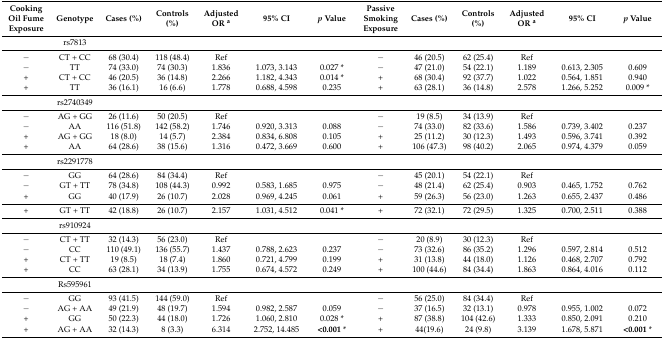
<table><thead><tr><td><b>Cooking Oil Fume Exposure</b></td><td><b>Genotype</b></td><td><b>Cases (%)</b></td><td><b>Controls (%)</b></td><td><b>Adjusted OR <sup>a</sup></b></td><td><b>95% CI</b></td><td><b><i>p</i> Value</b></td><td><b>Passive Smoking Exposure</b></td><td><b>Cases (%)</b></td><td><b>Controls (%)</b></td><td><b>Adjusted OR <sup>a</sup></b></td><td><b>95% CI</b></td><td><b><i>p</i> Value</b></td></tr></thead><tbody><tr><td></td><td>rs7813</td><td></td><td></td><td></td><td></td><td></td><td></td><td></td><td></td><td></td><td></td><td></td></tr><tr><td>−</td><td>CT + CC</td><td>68 (30.4)</td><td>118 (48.4)</td><td>Ref</td><td></td><td></td><td>−</td><td>46 (20.5)</td><td>62 (25.4)</td><td>Ref</td><td></td><td></td></tr><tr><td>−</td><td>TT</td><td>74 (33.0)</td><td>74 (30.3)</td><td>1.836</td><td>1.073, 3.143</td><td>0.027 *</td><td>−</td><td>47 (21.0)</td><td>54 (22.1)</td><td>1.189</td><td>0.613, 2.305</td><td>0.609</td></tr><tr><td>+</td><td>CT + CC</td><td>46 (20.5)</td><td>36 (14.8)</td><td>2.266</td><td>1.182, 4.343</td><td>0.014 *</td><td>+</td><td>68 (30.4)</td><td>92 (37.7)</td><td>1.022</td><td>0.564, 1.851</td><td>0.940</td></tr><tr><td>+</td><td>TT</td><td>36 (16.1)</td><td>16 (6.6)</td><td>1.778</td><td>0.688, 4.598</td><td>0.235</td><td>+</td><td>63 (28.1)</td><td>36 (14.8)</td><td>2.578</td><td>1.266, 5.252</td><td>0.009 *</td></tr><tr><td></td><td>rs2740349</td><td></td><td></td><td></td><td></td><td></td><td></td><td></td><td></td><td></td><td></td><td></td></tr><tr><td>−</td><td>AG + GG</td><td>26 (11.6)</td><td>50 (20.5)</td><td>Ref</td><td></td><td></td><td>−</td><td>19 (8.5)</td><td>34 (13.9)</td><td>Ref</td><td></td><td></td></tr><tr><td>−</td><td>AA</td><td>116 (51.8)</td><td>142 (58.2)</td><td>1.746</td><td>0.920, 3.313</td><td>0.088</td><td>−</td><td>74 (33.0)</td><td>82 (33.6)</td><td>1.586</td><td>0.739, 3.402</td><td>0.237</td></tr><tr><td>+</td><td>AG + GG</td><td>18 (8.0)</td><td>14 (5.7)</td><td>2.384</td><td>0.834, 6.808</td><td>0.105</td><td>+</td><td>25 (11.2)</td><td>30 (12.3)</td><td>1.493</td><td>0.596, 3.741</td><td>0.392</td></tr><tr><td>+</td><td>AA</td><td>64 (28.6)</td><td>38 (15.6)</td><td>1.316</td><td>0.472, 3.669</td><td>0.600</td><td>+</td><td>106 (47.3)</td><td>98 (40.2)</td><td>2.065</td><td>0.974, 4.379</td><td>0.059</td></tr><tr><td></td><td>rs2291778</td><td></td><td></td><td></td><td></td><td></td><td></td><td></td><td></td><td></td><td></td><td></td></tr><tr><td>−</td><td>GG</td><td>64 (28.6)</td><td>84 (34.4)</td><td>Ref</td><td></td><td></td><td>−</td><td>45 (20.1)</td><td>54 (22.1)</td><td>Ref</td><td></td><td></td></tr><tr><td>−</td><td>GT + TT</td><td>78 (34.8)</td><td>108 (44.3)</td><td>0.992</td><td>0.583, 1.685</td><td>0.975</td><td>−</td><td>48 (21.4)</td><td>62 (25.4)</td><td>0.903</td><td>0.465, 1.752</td><td>0.762</td></tr><tr><td>+</td><td>GG</td><td>40 (17.9)</td><td>26 (10.7)</td><td>2.028</td><td>0.969, 4.245</td><td>0.061</td><td>+</td><td>59 (26.3)</td><td>56 (23.0)</td><td>1.263</td><td>0.655, 2.437</td><td>0.486</td></tr><tr><td>+</td><td>GT + TT</td><td>42 (18.8)</td><td>26 (10.7)</td><td>2.157</td><td>1.031, 4.512</td><td>0.041 *</td><td>+</td><td>72 (32.1)</td><td>72 (29.5)</td><td>1.325</td><td>0.700, 2.511</td><td>0.388</td></tr><tr><td></td><td>rs910924</td><td></td><td></td><td></td><td></td><td></td><td></td><td></td><td></td><td></td><td></td><td></td></tr><tr><td>−</td><td>CT + TT</td><td>32 (14.3)</td><td>56 (23.0)</td><td>Ref</td><td></td><td></td><td>−</td><td>20 (8.9)</td><td>30 (12.3)</td><td>Ref</td><td></td><td></td></tr><tr><td>−</td><td>CC</td><td>110 (49.1)</td><td>136 (55.7)</td><td>1.437</td><td>0.788, 2.623</td><td>0.237</td><td>−</td><td>73 (32.6)</td><td>86 (35.2)</td><td>1.296</td><td>0.597, 2.814</td><td>0.512</td></tr><tr><td>+</td><td>CT + TT</td><td>19 (8.5)</td><td>18 (7.4)</td><td>1.860</td><td>0.721, 4.799</td><td>0.199</td><td>+</td><td>31 (13.8)</td><td>44 (18.0)</td><td>1.126</td><td>0.468, 2.707</td><td>0.792</td></tr><tr><td>+</td><td>CC</td><td>63 (28.1)</td><td>34 (13.9)</td><td>1.755</td><td>0.674, 4.572</td><td>0.249</td><td>+</td><td>100 (44.6)</td><td>84 (34.4)</td><td>1.863</td><td>0.864, 4.016</td><td>0.112</td></tr><tr><td></td><td>Rs595961</td><td></td><td></td><td></td><td></td><td></td><td></td><td></td><td></td><td></td><td></td><td></td></tr><tr><td>−</td><td>GG</td><td>93 (41.5)</td><td>144 (59.0)</td><td>Ref</td><td></td><td></td><td>−</td><td>56 (25.0)</td><td>84 (34.4)</td><td>Ref</td><td></td><td></td></tr><tr><td>−</td><td>AG + AA</td><td>49 (21.9)</td><td>48 (19.7)</td><td>1.594</td><td>0.982, 2.587</td><td>0.059</td><td>−</td><td>37 (16.5)</td><td>32 (13.1)</td><td>0.978</td><td>0.955, 1.002</td><td>0.072</td></tr><tr><td>+</td><td>GG</td><td>50 (22.3)</td><td>44 (18.0)</td><td>1.726</td><td>1.060, 2.810</td><td>0.028 *</td><td>+</td><td>87 (38.8)</td><td>104 (42.6)</td><td>1.333</td><td>0.850, 2.091</td><td>0.210</td></tr><tr><td>+</td><td>AG + AA</td><td>32 (14.3)</td><td>8 (3.3)</td><td>6.314</td><td>2.752, 14.485</td><td><b>&lt;0.001</b> *</td><td>+</td><td>44(19.6)</td><td>24 (9.8)</td><td>3.139</td><td>1.678, 5.871</td><td><b>&lt;0.001</b> *</td></tr></tbody></table>